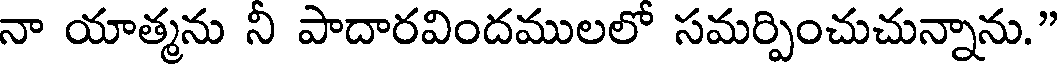
నా యాత్మను నీ పాదారవిందములలో సమర్పించుచున్నాను."